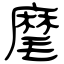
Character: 麾